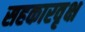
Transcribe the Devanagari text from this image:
सहकारवृक्ष